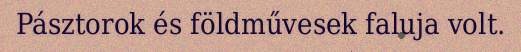
Pásztorok és földművesek faluja volt.